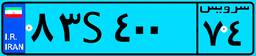
۸۳S۴۰۰۷۴